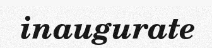
inaugurate